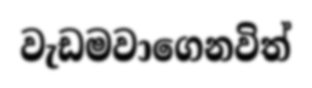
වැඩමවාගෙනවිත්